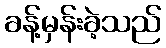
ခန့်မှန်းခဲ့သည်